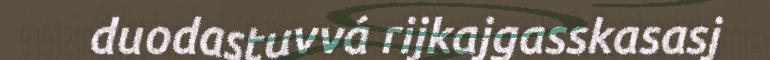
duodastuvvá rijkajgasskasasj